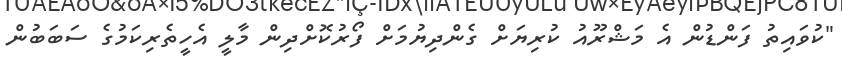
"ކުވައިތު ފަންޑުން އެ މަޝްރޫއު ކުރިޔަށް ގެންދިޔުމަށް ފޯރުކޮށްދިން މާލީ އެހީތެރިކަމުގެެ ސަބަބުން